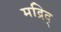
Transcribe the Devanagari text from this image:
मद्रिद्